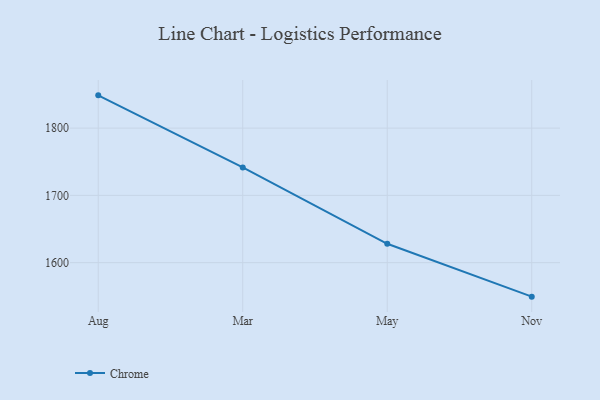
{"axis": {"x": "Month", "y": "Humidity (%)"}, "legend": ["Chrome"], "data": [{"x": "Aug", "y": 1848.7, "type": "Chrome"}, {"x": "Mar", "y": 1741.5, "type": "Chrome"}, {"x": "May", "y": 1628.1, "type": "Chrome"}, {"x": "Nov", "y": 1549.5, "type": "Chrome"}]}